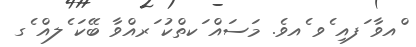
ްއވާ ަފއި ެވ ެއވެ. މަސައް ަކތްކު ަރއްވާ ބޭކަ ެލއް ެގ